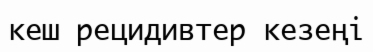
кеш рецидивтер кезеңі